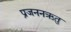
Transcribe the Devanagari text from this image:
प्रजननऋतु